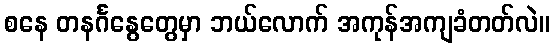
စနေ တနင်္ဂနွေတွေမှာ ဘယ်လောက် အကုန်အကျခံတတ်လဲ။